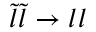
{ \tilde { l } } { \tilde { l } } \rightarrow l l